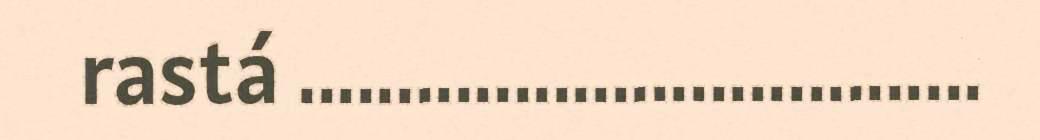
rastá ...................................